Indian journal of veterinary science and animal husbandry - Volume 9,
Year: 1939
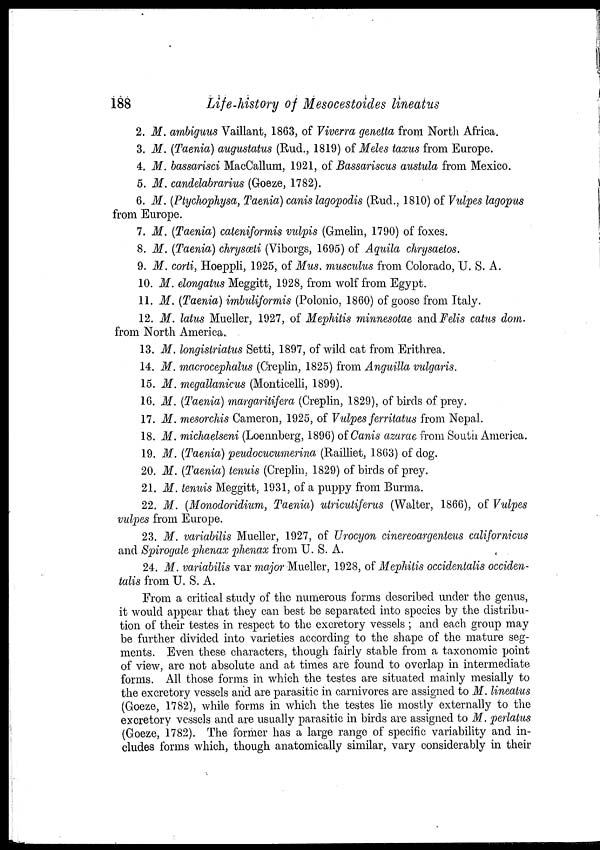
188
Life-history of Mesocestoides lineatus
2. M. ambiguus Vaillant, 1863, of Viverra genetta from North Africa.
3. M. (Taenia) augustatus (Rud., 1819) of Meles taxus from Europe.
4. M. bassarisci MacCallum, 1921, of Bassariscus austula from Mexico.
5. M. candelabrarius (Goeze, 1782).
6. M. (Ptychophysa, Taenia) canis lagopodis (Rud., 1810) of Vulpes lagopus
from Europe.
7. M. (Taenia) cateniformis vulpis (Gmelin, 1790) of foxes.
8. M. (Taenia) chrysœti (Viborgs, 1695) of Aquila chrysaetos.
9. M. corti, Hoeppli, 1925, of Mus. musculus from Colorado, U. S. A.
10. M. elongatus Meggitt, 1928, from wolf from Egypt.
11. M. (Taenia) imbuliformis (Polonio, 1860) of goose from Italy.
12. M. latus Mueller, 1927, of Mephitis minnesotae and Felis catus dom.
from North America.
13. M. longistriatus Setti, 1897, of wild cat from Erithrea.
14. M. macrocephalus (Creplin, 1825) from Anguilla vulgaris.
15. M. megallanicus (Monticelli, 1899).
16. M. (Taenia) margaritifera (Creplin, 1829), of birds of prey.
17. M. mesorchis Cameron, 1925, of Vulpes ferritatus from Nepal.
18. M. michaelseni (Loennberg, 1896) of Canis azarae from South America.
19. M. (Taenia) peudocucumerina (Railliet, 1863) of dog.
20. M. (Taenia) tenuis (Creplin, 1829) of birds of prey.
21. M. tenuis Meggitt, 1931, of a puppy from Burma.
22. M. (Monodoridium, Taenia) utricutiferus (Walter, 1866), of Vulpes
vulpes from Europe.
23. M. variabilis Mueller, 1927, of Urocyon cinereoargenteus californicus
and Spirogale phenax phenax from U. S. A.
24. M. variabilis var major Mueller, 1928, of Mephitis occidentalis occiden-
talis from U. S. A.
From a critical study of the numerous forms described under the genus,
it would appear that they can best be separated into species by the distribu-
tion of their testes in respect to the excretory vessels ; and each group may
be further divided into varieties according to the shape of the mature seg-
ments. Even these characters, though fairly stable from a taxonomic point
of view, are not absolute and at times are found to overlap in intermediate
forms. All those forms in which the testes are situated mainly mesially to
the excretory vessels and are parasitic in carnivores are assigned to M. lineatus
(Goeze, 1782), while forms in which the testes lie mostly externally to the
excretory vessels and are usually parasitic in birds are assigned to M. perlatus
(Goeze, 1782). The former has a large range of specific variability and in-
cludes forms which, though anatomically similar, vary considerably in their